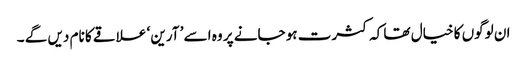
ان لوگوں کا خیال تھا کہ کثرت ہو جانے پر وہ اسے ’ آرین ‘ علاقے کا نام دیں گے ۔